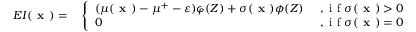
\begin{array} { r l } { E I ( \textbf { x } ) = } & { { } \left\{ \begin{array} { l l } { ( \mu ( \textbf { x } ) - \mu ^ { + } - \varepsilon ) \varphi ( Z ) + \sigma ( \textbf { x } ) \phi ( Z ) } & { \mathrm { ~ , ~ i ~ f ~ } \sigma ( \textbf { x } ) > 0 } \\ { 0 } & { \mathrm { ~ , ~ i ~ f ~ } \sigma ( \textbf { x } ) = 0 } \end{array} \right. } \end{array}